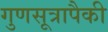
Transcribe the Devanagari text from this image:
गुणसूत्रापैकी